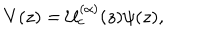
V ( z ) = \mathcal { U } _ { c } ^ { ( \alpha ) } ( z ) \psi ( z ) ,